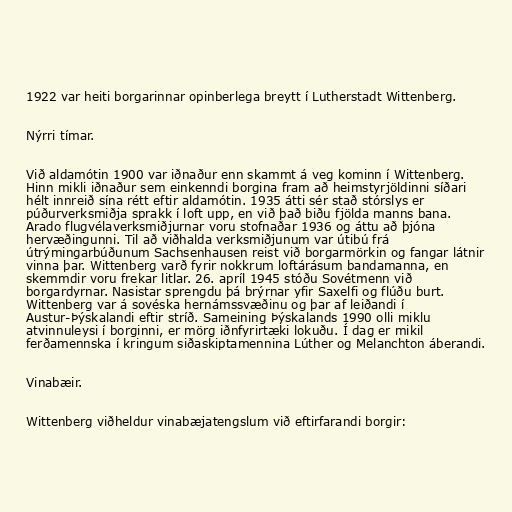
1922 var heiti borgarinnar opinberlega breytt í Lutherstadt Wittenberg.

Nýrri tímar.

Við aldamótin 1900 var iðnaður enn skammt á veg kominn í Wittenberg.
Hinn mikli iðnaður sem einkenndi borgina fram að heimstyrjöldinni síðari
hélt innreið sína rétt eftir aldamótin. 1935 átti sér stað stórslys er
púðurverksmiðja sprakk í loft upp, en við það biðu fjölda manns bana.
Arado flugvélaverksmiðjurnar voru stofnaðar 1936 og áttu að þjóna
hervæðingunni. Til að viðhalda verksmiðjunum var útibú frá
útrýmingarbúðunum Sachsenhausen reist við borgarmörkin og fangar látnir
vinna þar. Wittenberg varð fyrir nokkrum loftárásum bandamanna, en
skemmdir voru frekar litlar. 26. apríl 1945 stóðu Sovétmenn við
borgardyrnar. Nasistar sprengdu þá brýrnar yfir Saxelfi og flúðu burt.
Wittenberg var á sovéska hernámssvæðinu og þar af leiðandi í
Austur-Þýskalandi eftir stríð. Sameining Þýskalands 1990 olli miklu
atvinnuleysi í borginni, er mörg iðnfyrirtæki lokuðu. Í dag er mikil
ferðamennska í kringum siðaskiptamennina Lúther og Melanchton áberandi.

Vinabæir.

Wittenberg viðheldur vinabæjatengslum við eftirfarandi borgir: